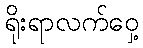
ရိုးရာလက်ဝှေ့